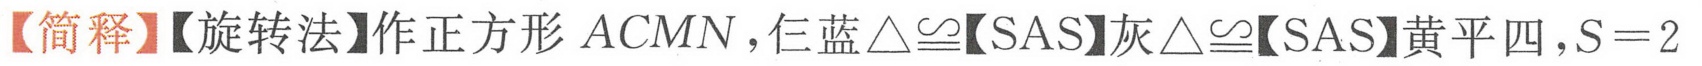
【简释】【旋转法】作正方形\(ACMN\)，仨蓝\(\triangle\cong\)【SAS】灰\(\triangle\cong\)【SAS】黄平四，\(S = 2\)